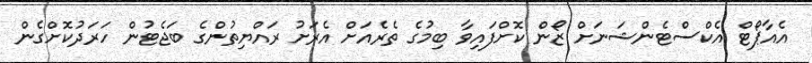
އެއާޕޯޓް އެކްސްޓެންޝަނަށް ޒޯން ކޮށްފައިވާ ބިމުގެ ތެރެއަށް އެރަށު ރައްޔިތުންގެ ބަޖެޓުން ހަރަދުކޮށްގެން